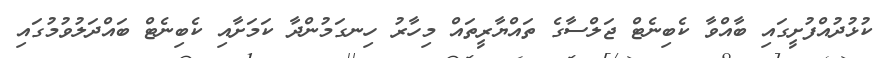
ކުޅުދުއްފުށީގައި ބާއްވާ ކެބިނެޓް ޖަލްސާގެ ތައްޔާރީތައް މިހާރު ހިނގަމުންދާ ކަމަށާއި ކެބިނެޓް ބައްދަލުވުމުގައި